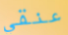
عنقي